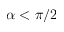
\alpha < \pi / 2